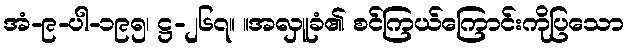
အံ-၉-ပါ-၁၉၅၊ ဋ္ဌ-၂၆၇။ ။အလှူခံ၏ စင်ကြယ်ကြောင်းကိုပြသော